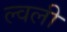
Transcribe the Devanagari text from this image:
ल्वली